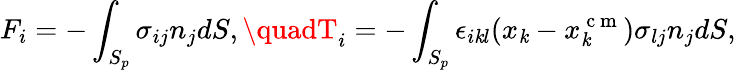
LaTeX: F_{i}=-\int_{S_{p}}\sigma_{ij}n_{j}dS,\quadT_{i}=-\int_{S_{p}}\epsilon_{i\mathit{k}l}(x_{\mathit{k}}-x_{\mathit{k}}^{\mathrm{{~c~m~}}})\sigma_{lj}n_{j}dS,